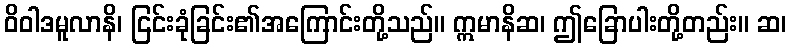
ဝိဝါဒမူလာနိ၊ ငြင်းခုံခြင်း၏အကြောင်းတို့သည်။ ဣမာနိဆ၊ ဤခြောပါးတို့တည်း။ ဆ၊